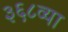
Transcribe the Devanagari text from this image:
३६८व्या